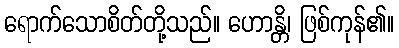
ရောက်သောစိတ်တို့သည်။ ဟောန္တိ၊ ဖြစ်ကုန်၏။